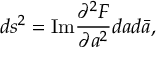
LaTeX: d s ^ { 2 } = \mathrm { I m } \frac { \partial ^ { 2 } { \cal F } } { \partial a ^ { 2 } } d a d \bar { a } ,